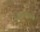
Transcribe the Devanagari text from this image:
विभागाह्से